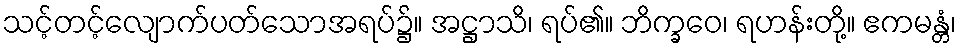
သင့်တင့်လျောက်ပတ်သောအရပ်၌။ အဋ္ဌာသိ၊ ရပ်၏။ ဘိက္ခဝေ၊ ရဟန်းတို့။ ဧကမန္တံ၊